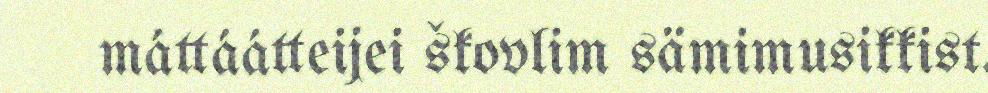
máttáátteijei škovlim sämimusikkist.